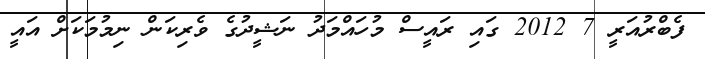
ފެބްރުއަރީ 7 2012 ގައި ރައީސް މުހައްމަދު ނަޝީދުގެ ވެރިކަން ނިމުމަކަށް އައީ